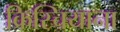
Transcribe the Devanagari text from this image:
क्रिस्चियाना